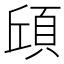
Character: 𮨆